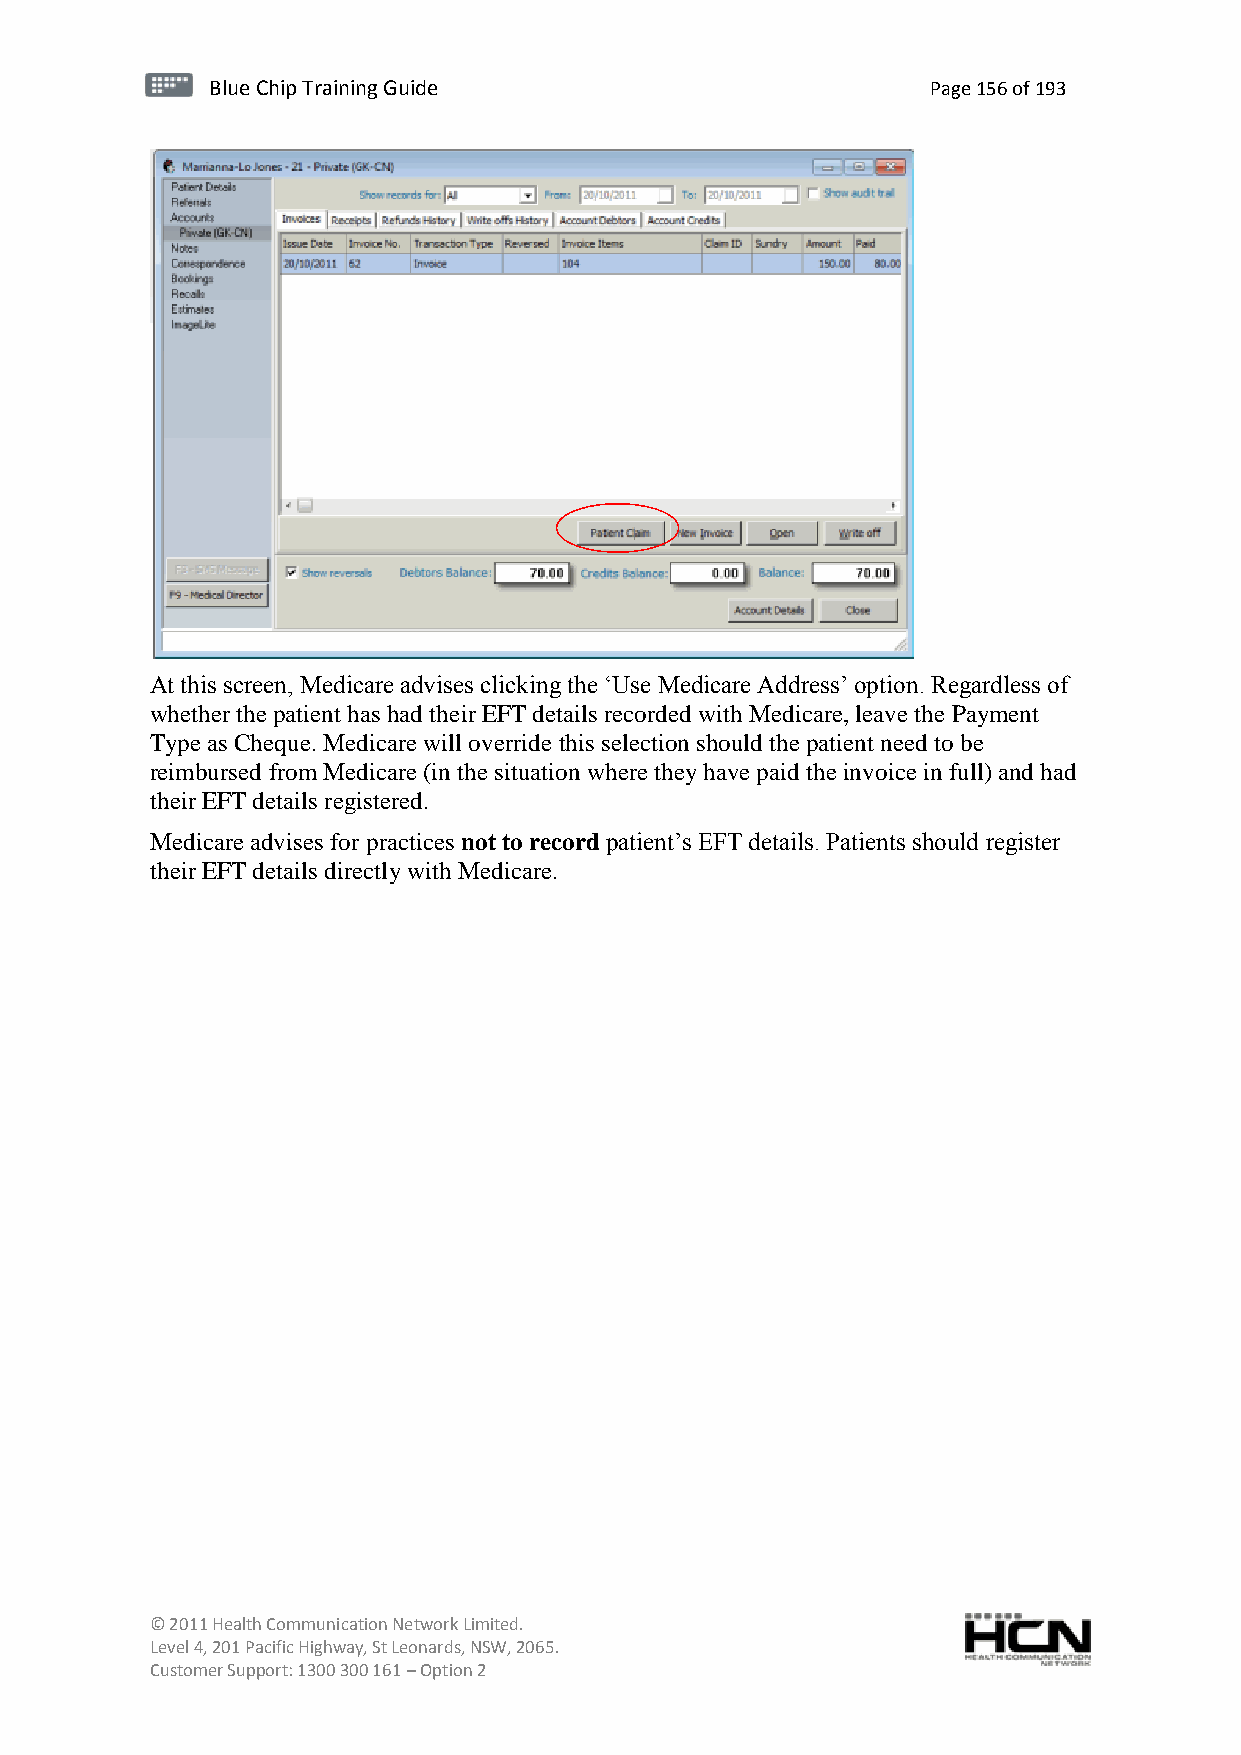
BBlluuee C Chihpi pTr Tairnainingi Gnugi dGeu ide Page 156 of 193
 At this screen, Medicare advises clicking the ‘Use Medicare Address’ option. Regardless of
 whether the patient has had their EFT details recorded with Medicare, leave the Payment
 Type as Cheque. Medicare will override this selection should the patient need to be
 reimbursed from Medicare (in the situation where they have paid the invoice in full) and had
 their EFT details registered.
 Medicare advises for practices not to record patient’s EFT details. Patients should register
 their EFT details directly with Medicare.
 © 2011 Health Communication Network Limited.
 Level 4, 201 Pacific Highway, St Leonards, NSW, 2065.
 Customer Support: 1300 300 161 – Option 2